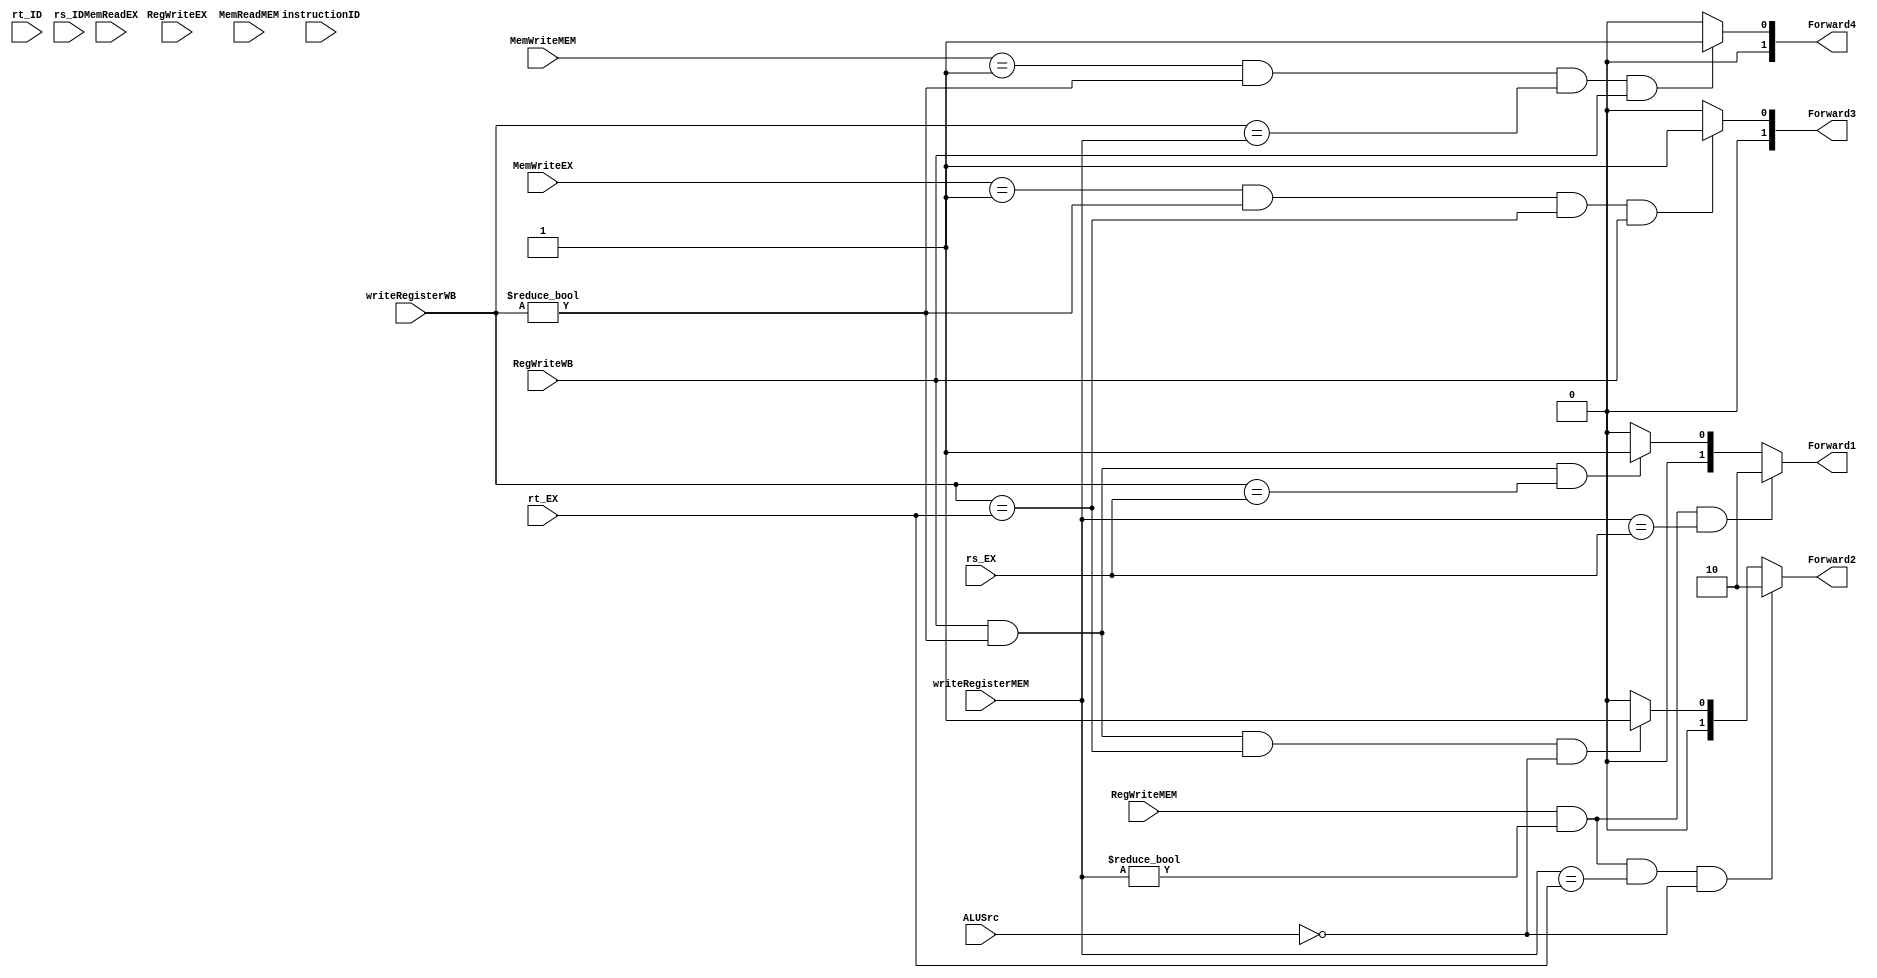
module Forward(instructionID, rt_ID, rs_ID, rs_EX, rt_EX, writeRegisterMEM, writeRegisterWB, RegWriteEX, RegWriteMEM, RegWriteWB, MemWriteEX, MemWriteMEM, MemReadEX, MemReadMEM, 
ALUSrc, Forward1, Forward2, Forward3, Forward4);
input [31:0] instructionID;
input [4:0] rt_ID, rs_ID, rs_EX, rt_EX, writeRegisterMEM, writeRegisterWB;
input [1:0] MemWriteEX, MemWriteMEM, MemReadEX, MemReadMEM;
input RegWriteEX, RegWriteMEM, RegWriteWB, ALUSrc;

output reg [1:0] Forward1, Forward2, Forward3, Forward4;

initial begin
    Forward1 <= 0;
    Forward2 <= 0;
    Forward3 <= 0;
    Forward4 <= 0;
end

always@(*) begin

    // Forwarding from Mem to ALU input A
    if ((RegWriteMEM == 1) && (writeRegisterMEM != 0) && (writeRegisterMEM == rs_EX)) begin
        Forward1 <= 2;
    end
    // Forwarding from Wb to ALU input A
    else if ((RegWriteWB == 1) && (writeRegisterWB != 0) && (writeRegisterWB == rs_EX))begin
        Forward1 <= 1;
    end
    else begin
        Forward1 <= 0;
    end

    // Forwarding from Mem to ALU input B
    if ((RegWriteMEM == 1) && (writeRegisterMEM != 0) && (writeRegisterMEM == rt_EX) && (ALUSrc == 0)) begin
        Forward2 <= 2;
    end
    // Forwarding from Wb to ALU input B
    else if ((RegWriteWB == 1) && (writeRegisterWB != 0) && (writeRegisterWB == rt_EX) && (ALUSrc == 0)) begin
        Forward2 <= 1;
    end
    else begin
        Forward2 <= 0; 
    end

    // Forwarding from Wb to Ex WriteData
    if ((MemWriteEX == 1) && (writeRegisterWB != 0) && (writeRegisterWB == rt_EX) && (RegWriteWB)) begin
        Forward3 <= 1;
    end
    else begin
        Forward3 <= 0;
    end
    
    // Forwarding from Wb to Mem WriteData
    if ((MemWriteMEM == 1) && (writeRegisterWB != 0) && (writeRegisterWB == writeRegisterMEM) && (RegWriteWB)) begin
        Forward4 <= 1;
    end
    else begin
        Forward4 <= 0; 
    end  

    end
endmodule